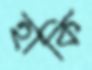
হাকি